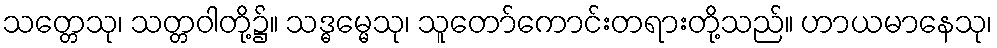
သတ္တေသု၊ သတ္တဝါတို့၌။ သဒ္ဓမ္မေသု၊ သူတော်ကောင်းတရားတို့သည်။ ဟာယမာနေသု၊